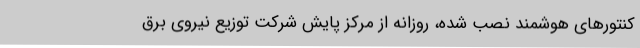
کنتورهای هوشمند نصب شده، روزانه از مرکز پایش شرکت توزیع نیروی برق